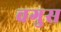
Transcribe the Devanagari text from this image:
वगुस